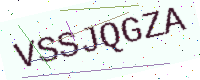
Text: VSSJQGZA